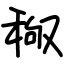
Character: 䅓